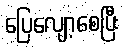
ပြေလျော့စေပြီး